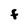
Character: F